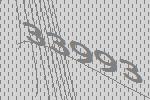
33993